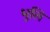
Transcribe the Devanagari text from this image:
भुलि